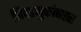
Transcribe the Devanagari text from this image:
निवडणुकांनतर